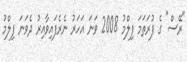
"ރޭސް" ގެ ފުރަތަމަ ފިލްމު 2008 ވަނަ އަހަރު ނެރެފައިވާއިރު ދެވަނަ ފިލްމު